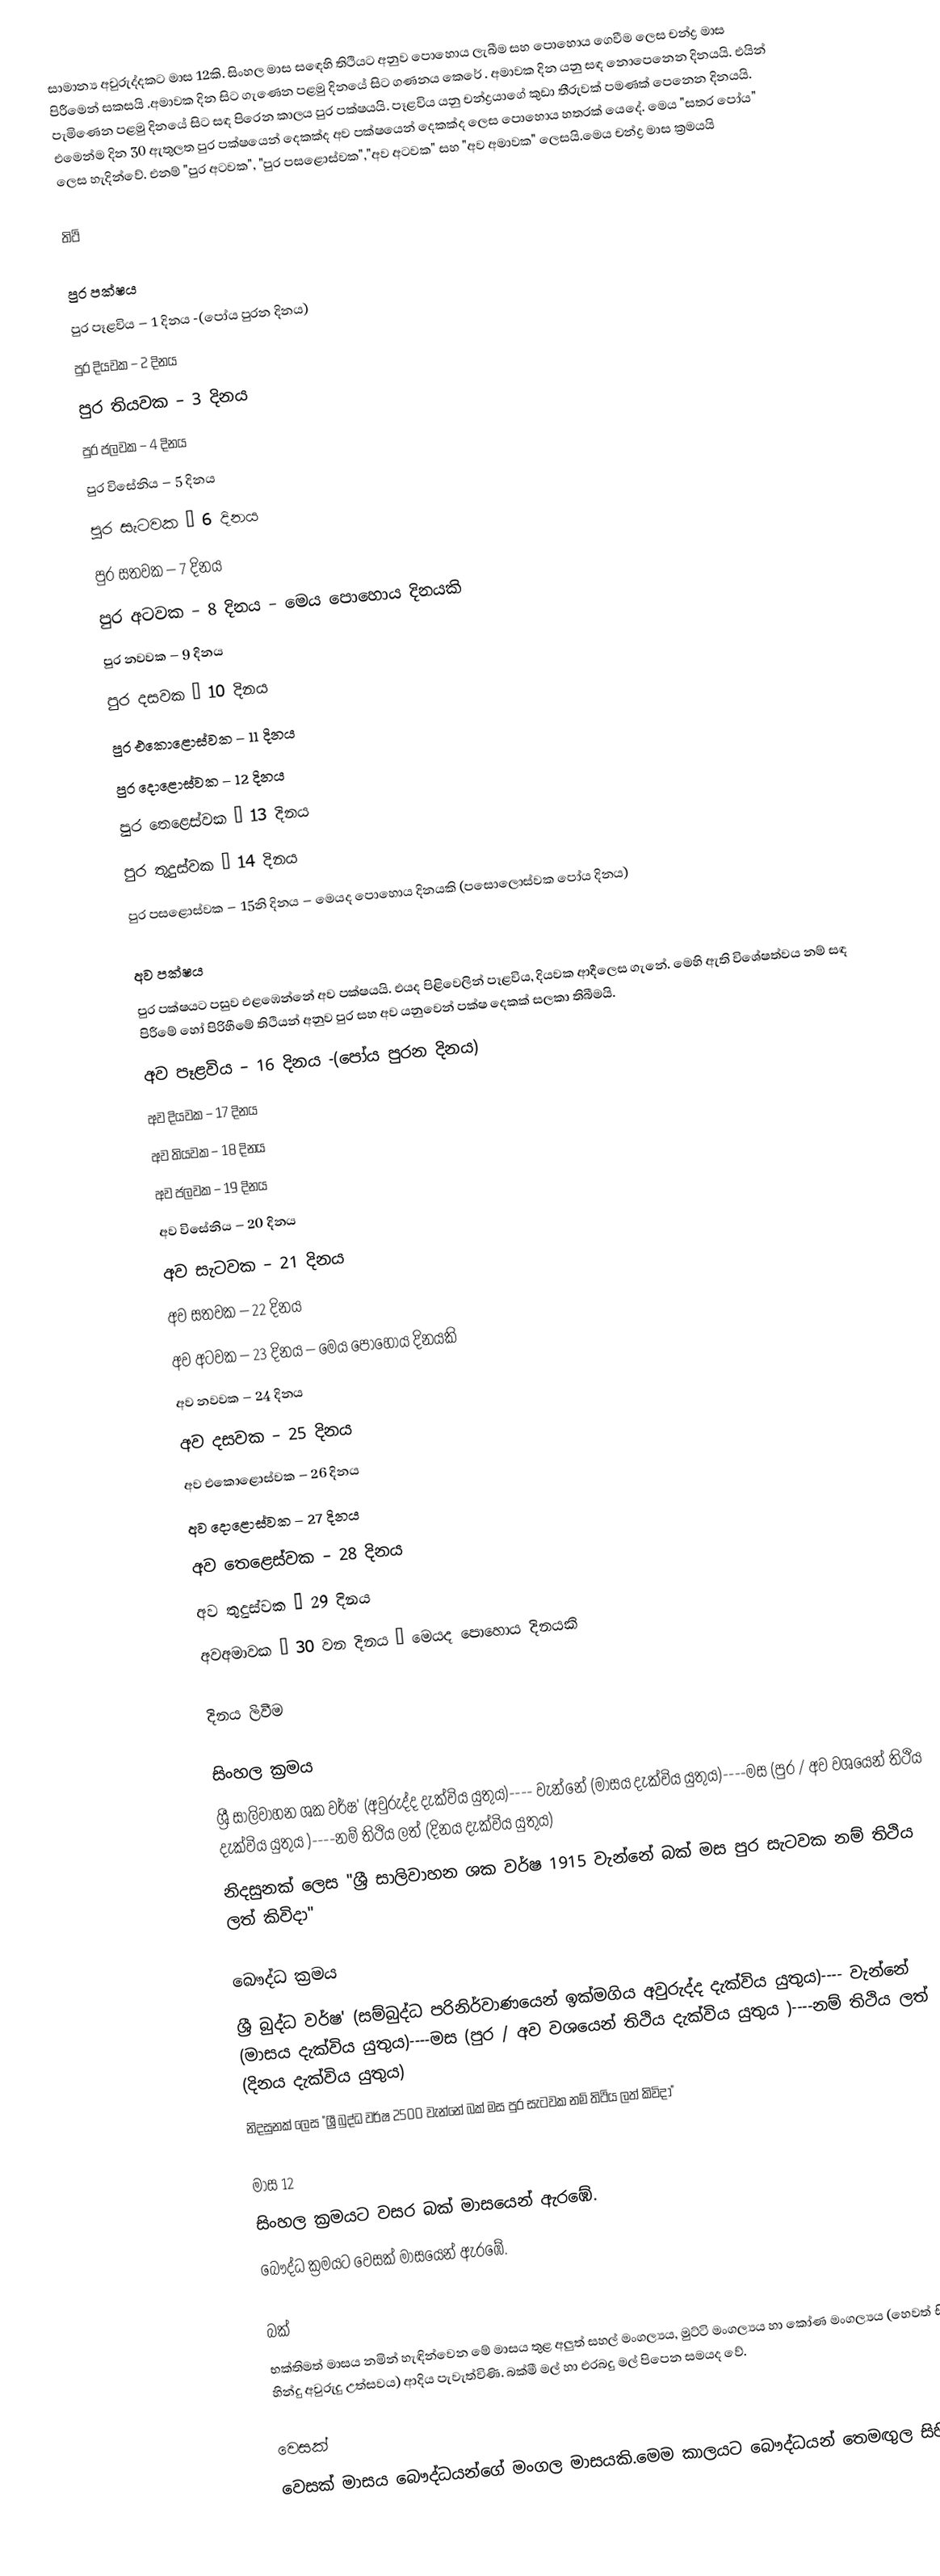
සාමාන්‍ය අවුරුද්දකට මාස 12කි. සිංහල මාස සඳෙහි තිථියට අනුව පොහොය ලැබීම සහ පොහොය ගෙවීම ලෙස චන්ද්‍ර මාස පිරීමෙන් සකසයි .අමාවක දින සිට ගැණෙන පළමු දිනයේ සිට ගණනය කෙරේ . අමාවක දින යනු සඳ නොපෙනෙන දිනයයි. එයින් පැමිණෙන පළමු දිනයේ සිට සඳ පිරෙන කාලය පුර පක්ෂයයි. පෑළවිය යනු චන්ද්‍රයාගේ  කුඩා තීරුවක් පමණක් පෙනෙන දිනයයි. එමෙන්ම දින 30 ඇතුලත පුර පක්ෂයෙන් දෙකක්ද අව පක්ෂයෙන් දෙකක්ද ලෙස  පොහොය හතරක් යෙදේ. මෙය "සතර පෝය"  ලෙස හැදින්වේ. එනම් "පුර අටවක", "පුර පසළොස්වක","අව අටවක" සහ "අව අමාවක" ලෙසයි.මෙය චන්ද්‍ර මාස ක්‍රමයයි

තිථි

පුර පක්ෂය
 පුර පෑළවිය – 1 දිනය -(පෝය පුරන දිනය)
 පුර දියවක – 2 දිනය
 පුර තියවක – 3 දිනය
 පුර ජලවක – 4 දිනය
 පුර විසේනිය – 5 දිනය
 පුර සැටවක – 6 දිනය
 පුර සතවක – 7 දිනය
 පුර අටවක – 8 දිනය – මෙය පොහොය දිනයකි
 පුර නවවක – 9 දිනය
 පුර දසවක – 10 දිනය
 පුර එකොළොස්වක – 11 දිනය
 පුර දොළොස්වක – 12 දිනය
 පුර තෙළෙස්වක – 13 දිනය
 පුර තුදුස්වක – 14 දිනය
 පුර පසළොස්වක – 15නි දිනය – මෙයද පොහොය දිනයකි (පසොලොස්වක පෝය දිනය)

අව පක්ෂය
පුර පක්ෂයට පසුව එළඹෙන්නේ අව පක්ෂයයි. එයද පිළිවෙලින් පෑළවිය, දියවක ආදීලෙස  ගැනේ. මෙහි ඇති විශේෂත්වය නම් සඳ පිරීමේ හෝ පිරිහීමේ තිථියන් අනුව පුර සහ අව යනුවෙන් පක්ෂ දෙකක් සලකා  තිබීමයි.
 අව පෑළවිය – 16 දිනය -(පෝය පුරන දිනය)
 අව දියවක – 17 දිනය
 අව තියවක – 18 දිනය
 අව ජලවක – 19 දිනය
 අව විසේනිය – 20 දිනය
 අව සැටවක – 21 දිනය
 අව සතවක – 22 දිනය
 අව අටවක – 23 දිනය – මෙය පොහොය දිනයකි
 අව නවවක – 24 දිනය
 අව දසවක – 25 දිනය
 අව එකොළොස්වක – 26 දිනය
 අව දොළොස්වක – 27 දිනය
 අව තෙළෙස්වක – 28 දිනය
 අව තුදුස්වක – 29 දිනය
 අවඅමාවක – 30 වන දිනය – මෙයද පොහොය දිනයකි

දිනය ලිවීම

සිංහල ක්‍රමය
ශ්‍රී සාලිවාහන ශක වර්ෂ' (අවුරුද්ද  දැක්විය යුතුය)---- වැන්නේ (මාසය දැක්විය යුතුය)----මස (පුර / අව වශයෙන් තිථිය දැක්විය යුතුය )----නම් තිථිය ලත් (දිනය දැක්විය යුතුය)
නිදසුනක් ලෙස "ශ්‍රී සාලිවාහන ශක වර්ෂ 1915 වැන්නේ බක් මස පුර සැටවක නම් තිථිය ලත් කිවිදා"

බෞද්ධ ක්‍රමය
ශ්‍රී බුද්ධ වර්ෂ' (සම්බුද්ධ පරිනිර්වාණයෙන් ඉක්මගිය අවුරුද්ද  දැක්විය යුතුය)---- වැන්නේ (මාසය දැක්විය යුතුය)----මස (පුර / අව වශයෙන් තිථිය දැක්විය යුතුය )----නම් තිථිය ලත් (දිනය දැක්විය යුතුය)
නිදසුනක් ලෙස "ශ්‍රී බුද්ධ වර්ෂ 2500 වැන්නේ බක් මස පුර සැටවක නම් තිථිය ලත් කිවිදා"

මාස 12
සිංහල ක්‍රමයට වසර බක් මාසයෙන් ඇරඹේ.
බෞද්ධ ක්‍රමයට වෙසක් මාසයෙන් ඇරඹේ.

බක්
භක්තිමත් මාසය නමින් හැඳින්වෙන මේ මාසය තුළ අලුත් සහල් මංගල්‍යය, මුට්ටි මංගල්‍යය හා කෝණ මංගල්‍යය (හෙවත් සිංහල, හින්දු අවුරුදු උත්සවය) ආදිය පැවැත්විණි. බක්මී මල් හා එරබදු මල් පිපෙන සමයද වේ.

වෙසක්
වෙසක් මාසය බෞද්ධයන්ගේ මංගල මාසයකි.මෙම කාලයට බෞද්ධයන් තෙමඟුල සිහි කිර